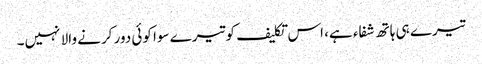
تیرے ہی ہاتھ شفاء ہے، اس تکلیف کو تیرے سوا کوئی دور کرنے والا نہیں۔